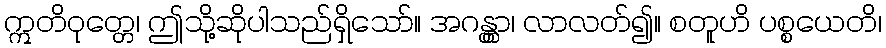
ဣတိဝုတ္တေ၊ ဤသို့ဆိုပါသည်ရှိသော်။ အဂန္တွာ၊ လာလတ်၍။ စတူဟိ ပစ္စယေတိ၊